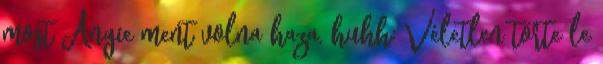
most Angie ment volna haza, huhh: Véletlen törte le